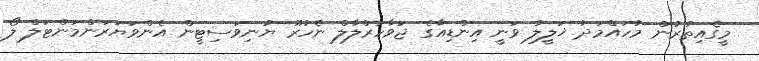
މީގެއިތުރުން މުހައްމަދު ޚަލީލު ވަނީ އިންޑިއާގެ ޖަވާހަރްލާލް ނެހުރޫ ޔުނިވަސިޓީން އެންވަޔަރަންމަންޓަލް ލޯ